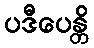
ပဒီပေန္တိ